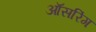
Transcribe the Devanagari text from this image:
ऑंसरिंग